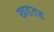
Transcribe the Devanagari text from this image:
खडतड